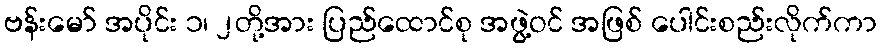
ဗန်းမော် အပိုင်း ၁၊ ၂တို့အား ပြည်ထောင်စု အဖွဲ့ဝင် အဖြစ် ပေါင်းစည်းလိုက်ကာ